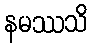
နမဿသိ